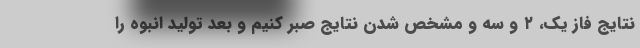
نتایج فاز یک، ۲ و سه و مشخص شدن نتایج صبر کنیم و بعد تولید انبوه را